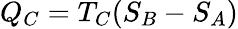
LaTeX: Q_{C}=T_{C}(S_{B}-S_{A})